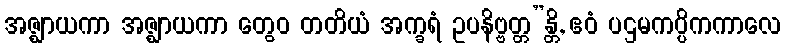
အဇ္ဈာယကာ အဇ္ဈာယကာ တွေဝ တတိယံ အက္ခရံ ဥပနိဗ္ဗတ္တ”န္တိ, ဧဝံ ပဌမကပ္ပိကကာလေ